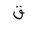
Letter: _qaf